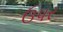
ઉપર